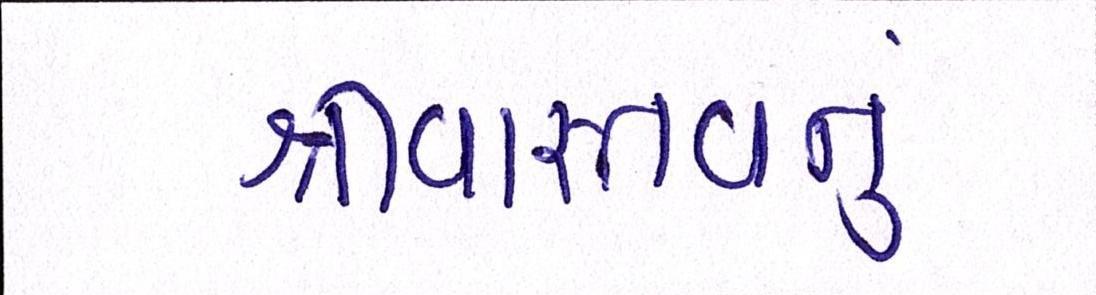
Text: શ્રીવાસ્તવનું